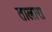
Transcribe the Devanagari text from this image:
तालारा